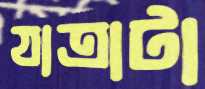
যাত্রাটা